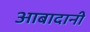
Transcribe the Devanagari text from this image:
आबादानी